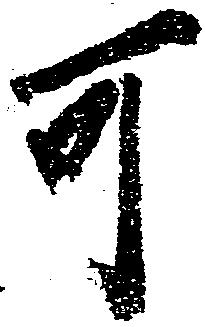
可